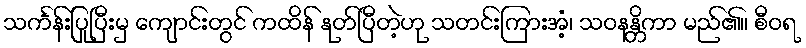
သင်္ကန်းပြုပြီးမှ ကျောင်းတွင် ကထိန် နုတ်ပြီတဲ့ဟု သတင်းကြားအံ့၊ သဝနန္တိကာ မည်၏။ စီဝရ